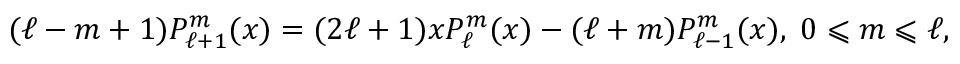
( \ell - m + 1 ) P _ { \ell + 1 } ^ { m } ( x ) = ( 2 \ell + 1 ) x P _ { \ell } ^ { m } ( x ) - ( \ell + m ) P _ { \ell - 1 } ^ { m } ( x ) , \; 0 \leqslant m \leqslant \ell ,